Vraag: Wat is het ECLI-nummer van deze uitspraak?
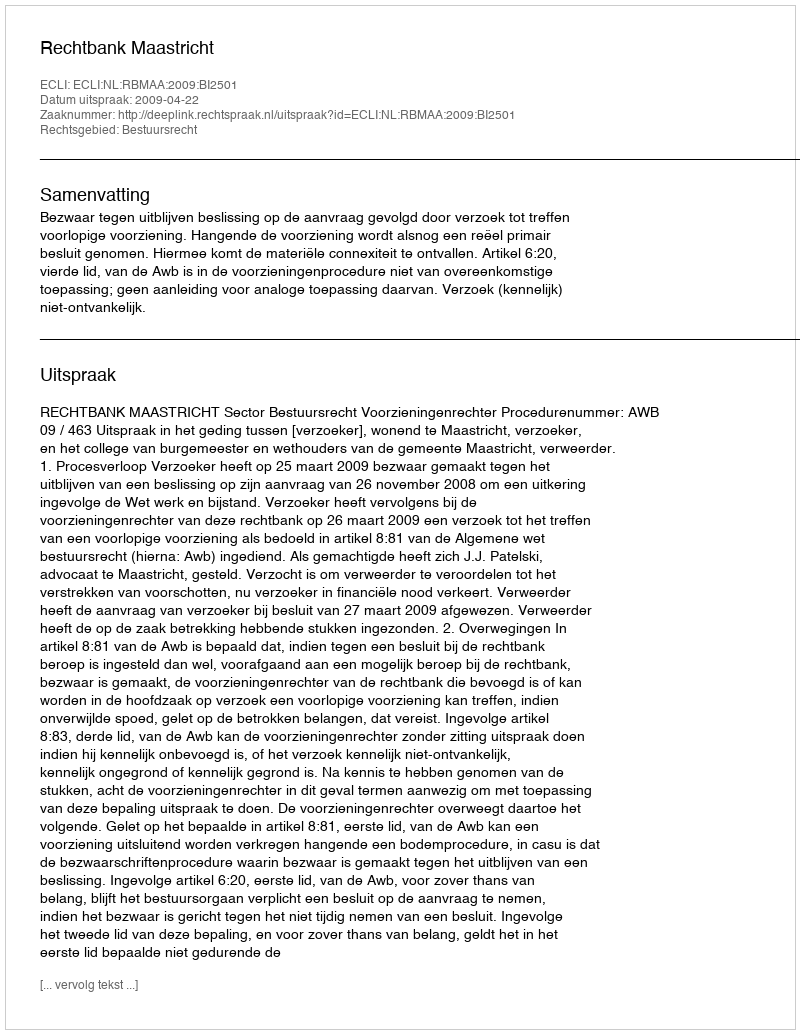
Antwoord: ECLI:NL:RBMAA:2009:BI2501